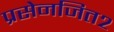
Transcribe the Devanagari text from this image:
प्रसेनजित२